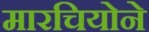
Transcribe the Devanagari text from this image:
मारचियोने